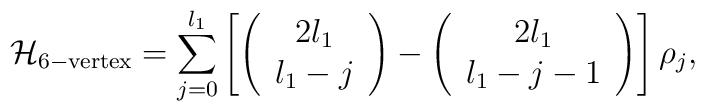
{\cal H}_{\rm 6-vertex}=\sum_{j=0}^{l_1}\left[\left(\begin{array}{c}2l_1\\ l_1-j\end{array}\right)-\left(\begin{array}{c}2l_1\\ l_1-j-1\end{array}\right)\right]\rho_{j},